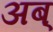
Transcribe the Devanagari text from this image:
अब्